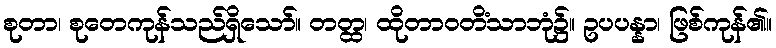
စုတာ၊ စုတေကုန်သည်ရှိသော်။ တတ္ထ၊ ထိုတာဝတိံသာဘုံ၌။ ဥပပန္နာ၊ ဖြစ်ကုန်၏။